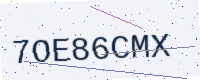
Text: 7OE86CMX